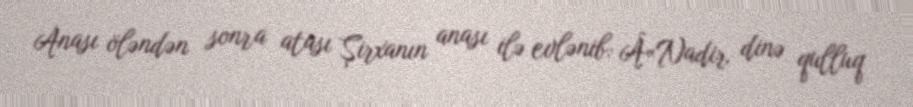
Anası öləndən sonra atası Şirxanın anası ilə evlənib: Â«Nadir dinə qulluq